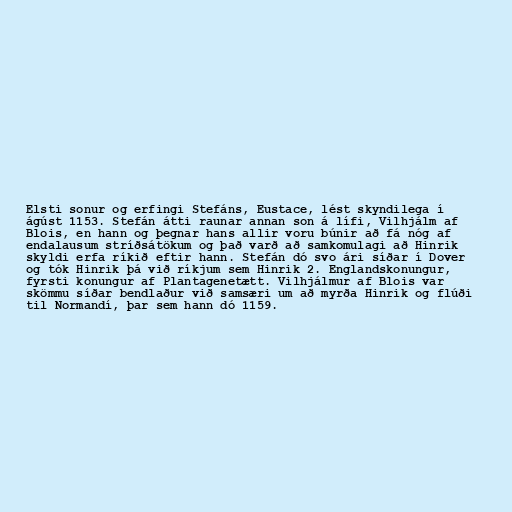
Elsti sonur og erfingi Stefáns, Eustace, lést skyndilega í
ágúst 1153. Stefán átti raunar annan son á lífi, Vilhjálm af
Blois, en hann og þegnar hans allir voru búnir að fá nóg af
endalausum stríðsátökum og það varð að samkomulagi að Hinrik
skyldi erfa ríkið eftir hann. Stefán dó svo ári síðar í Dover
og tók Hinrik þá við ríkjum sem Hinrik 2. Englandskonungur,
fyrsti konungur af Plantagenetætt. Vilhjálmur af Blois var
skömmu síðar bendlaður við samsæri um að myrða Hinrik og flúði
til Normandí, þar sem hann dó 1159.